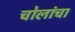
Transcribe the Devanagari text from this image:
चोलांचा